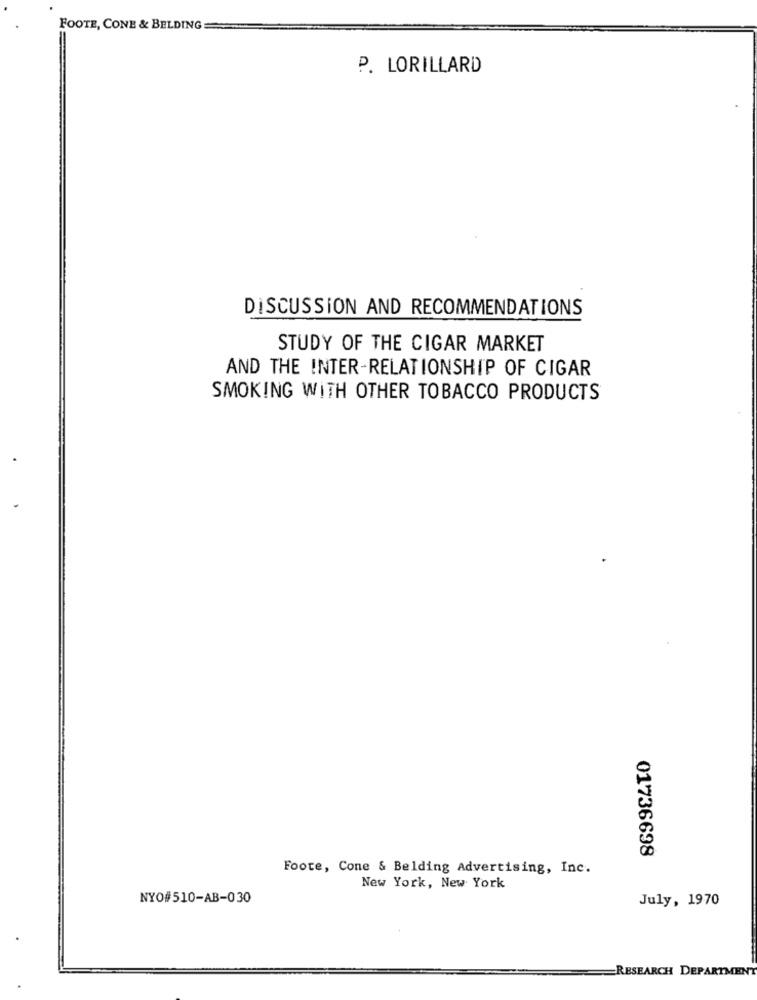
FOOTE, CONE & BELDING
P. LORILLARD
DISCUSSION AND RECOMMENDATIONS
STUDY OF THE CIGAR MARKET
AND THE INTER-RELATIONSHIP OF CIGAR
SMOKING WITH OTHER TOBACCO PRODUCTS
01736698
Foote, Cone & Belding Advertising, Inc.
New York, New York
NYO#510-AB-030
July, 1970
RESEARCH DEPARTMENT